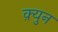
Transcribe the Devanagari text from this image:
क़्युन